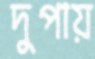
দুপায়